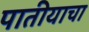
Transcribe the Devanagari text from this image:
पातीयाचा